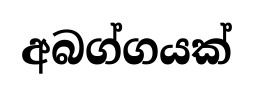
අබග්ගයක්